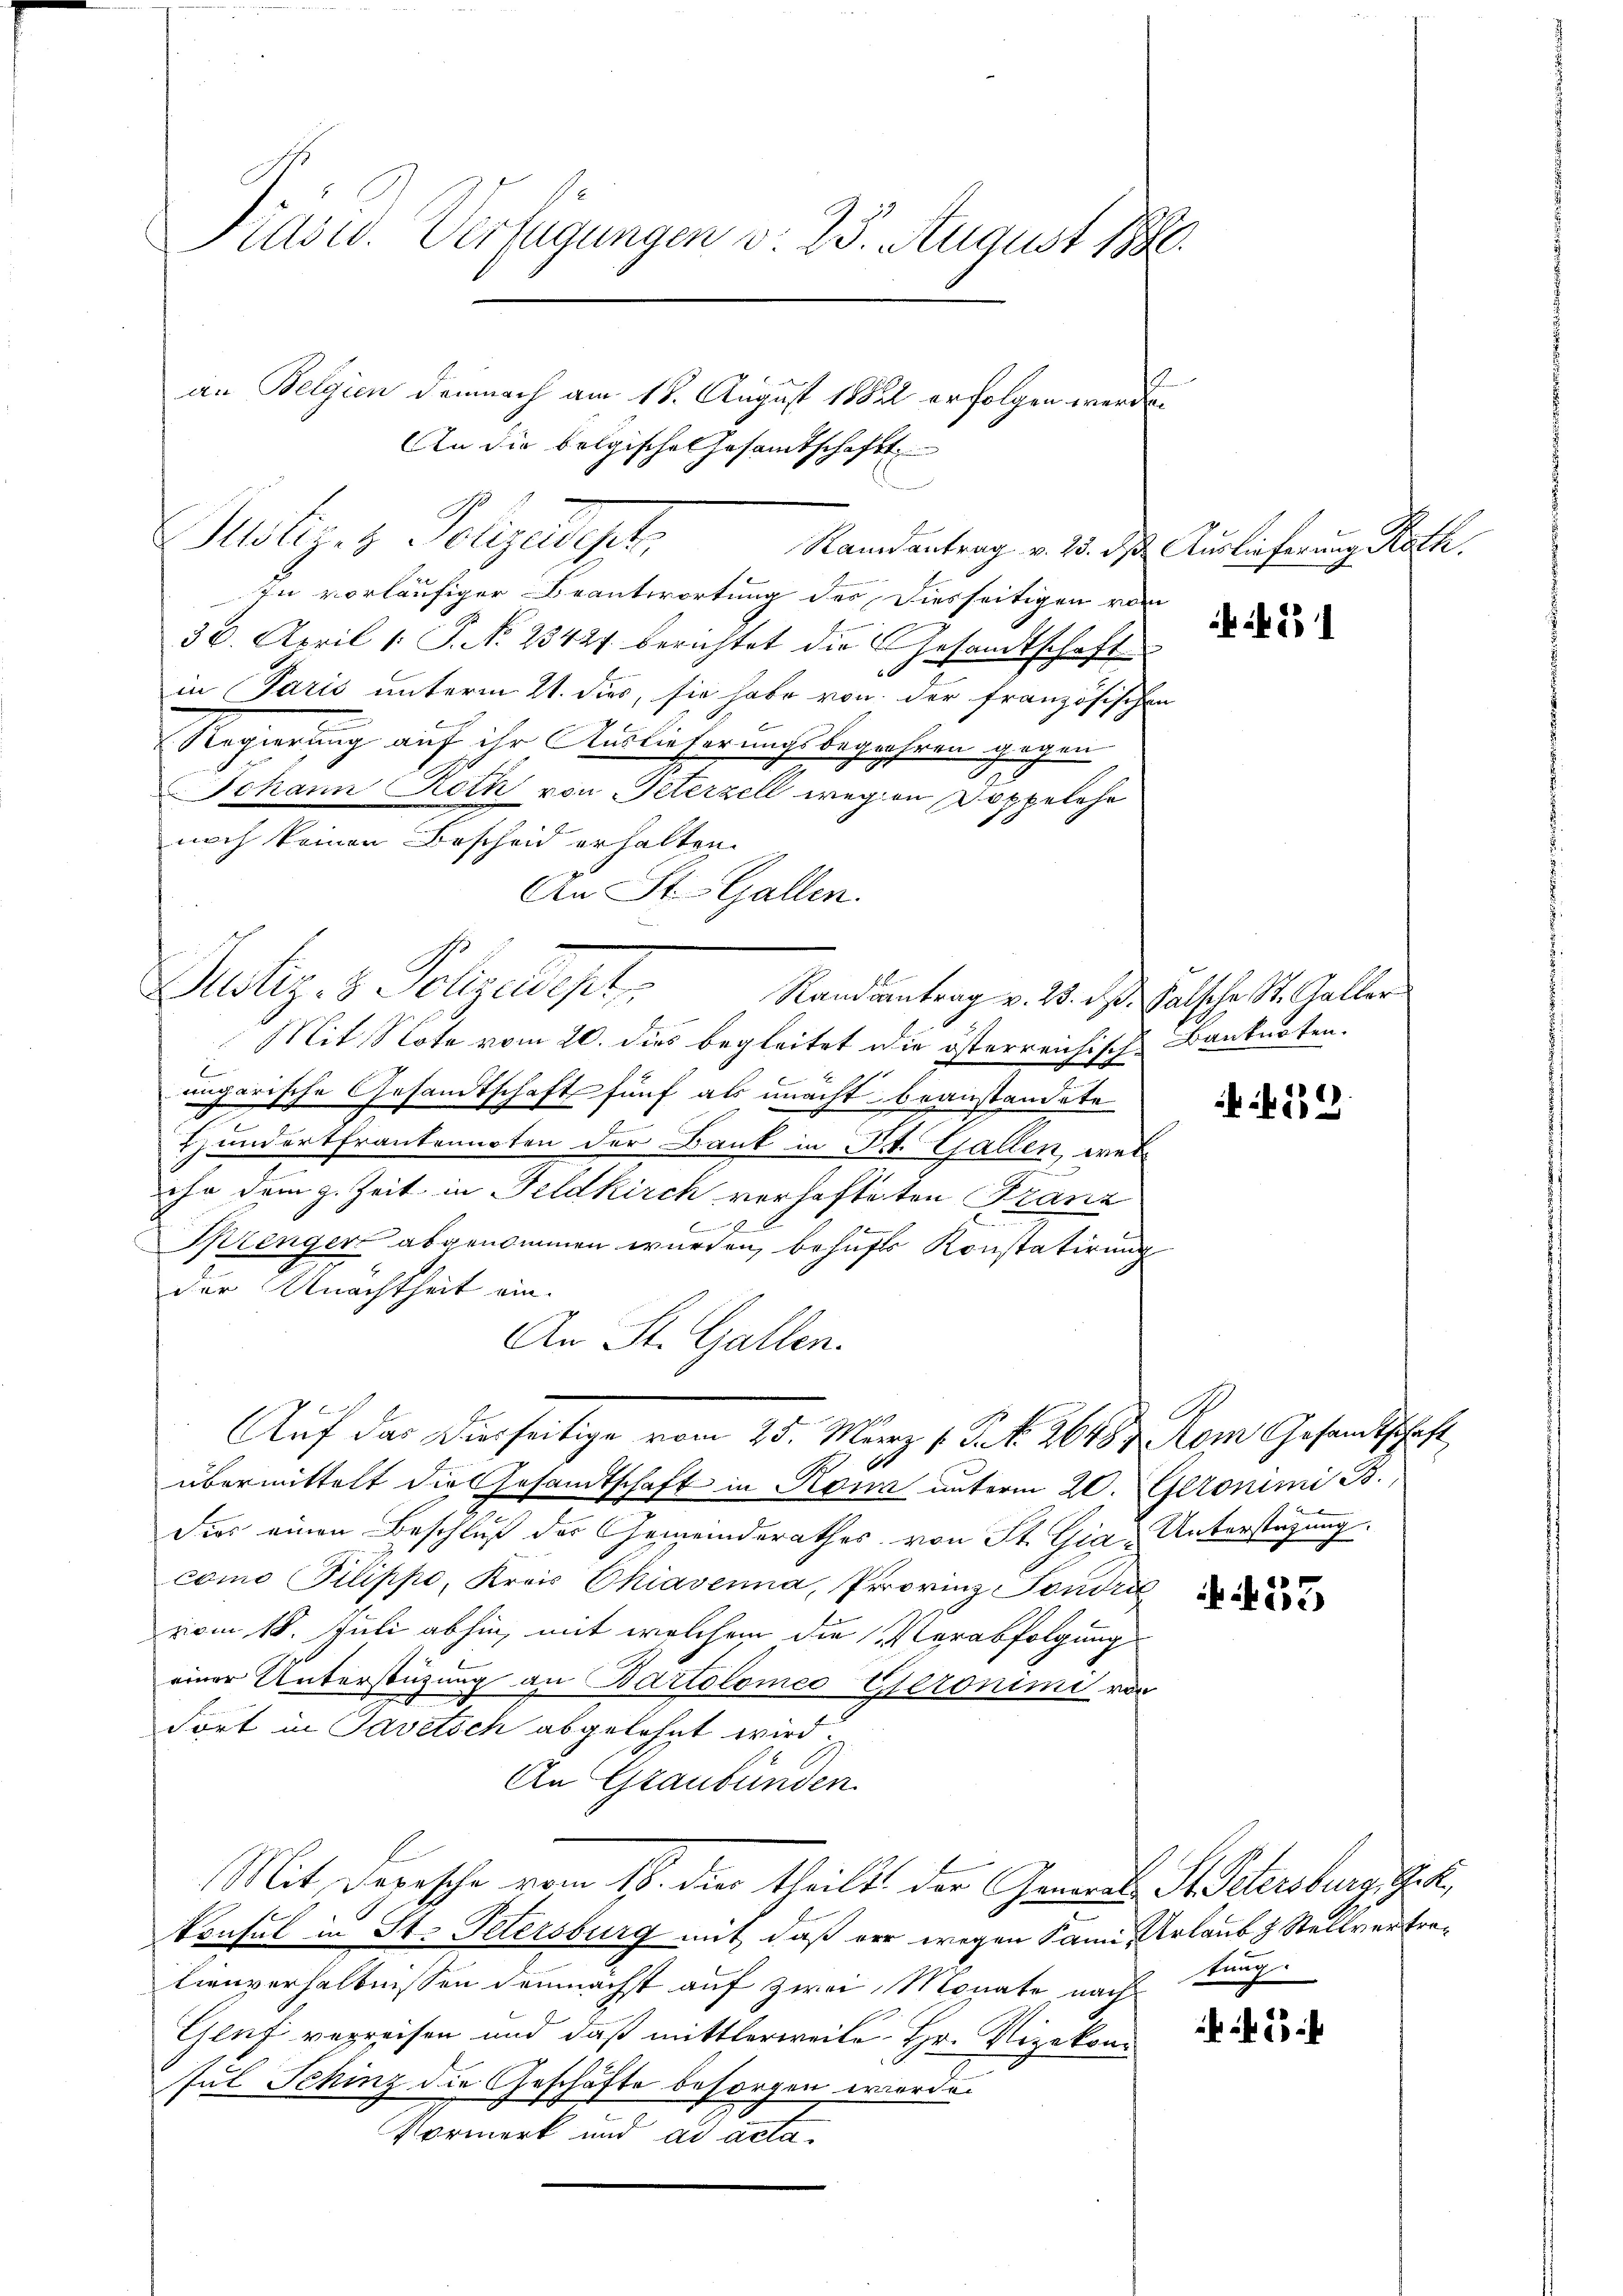
Präsid. Verfügungen d. 25. August 1890.
an Belgien demnach am 18. August 1882 erfolgen werde.

Miliziz Polizeiget,

In vorläufiger Beantwortung des Diesseitigen vom
u
36. April (: P. No. 23421 berichtet die Gesandtschaft
6x
in Paris unterm 21. dies, sie habe von der französische
Regierung auf ihr Ausliefer nacht begehren gegen
Johann Roth von Peterzell wegen Doppelche
noch keinen Bescheid erhalten.
An St. Gallen.
Sutz. 3. Polizeipt
Mit Note vom 20. dies begleitet die österreichische Banknoten.
.
ungarische Gesandtschaft fünf als unacht beanstandete
Hunderterantennoten der Bank in St. Gallen, wel¬
2
ihn dem z. Zeit in Feldkirch verhafteten Franz
8
b
Sprenger abgenommen wurden, behufs Konstatirung
der Unachtheit ein.
An St. Gallen.
Auf das Dierseitige vom 25. März 1. P. Nr. 2648 & vom Gesandtschaft
übermittelt die Gesandtschaft in Kona unterm 20. Gronimi 13.
Fies einen Beschluß der Gemeinderathes von St. Gia - Unterstüzung.
como Pilippe, Kreis Okiavenna, Provinz Fondri
vom 18. Juli abhin, mit welchem die Verabfolgung
einer Unterstützung an Bartolomeo Geronimi von
dort in Savetsch abgelehnt wird.
An Graubünden
Mit Depesche vom 18. die theilt der Gemark St Petersburg, Ge
Consul in St. Petersburg mit, daß vor wegen Sami, Erlaub & Stellvertrelienverhaltnissen demnächst auf zwei Monate nach
Gluf verreisen und daß mittlerweile Hr. Vizekonsul Schinz die Geschäfte besorgen worden
Vormerk und ad acta

An die belgisches Gesamtschaft

Randantrag v. 23. ds. Falsche St. Galler

Randantrag v. 25. ds Auslieferung Roth

e

451

if. 239.

d

453

kung

45